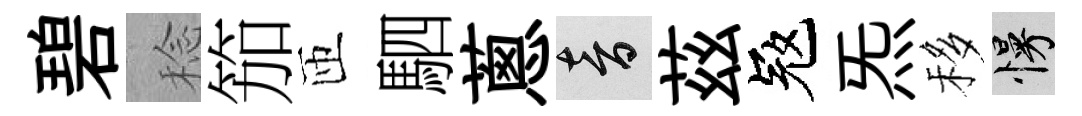
碧稔笳匝駟蔥音茲冦炁移慢